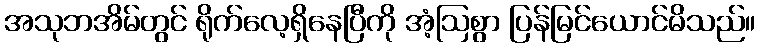
အသုဘအိမ်တွင် ရိုက်လေ့ရှိနေပြီကို အံ့ဩစွာ ပြန်မြင်ယောင်မိသည်။